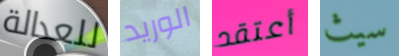
للعدالة الوريد أعتقد سيث